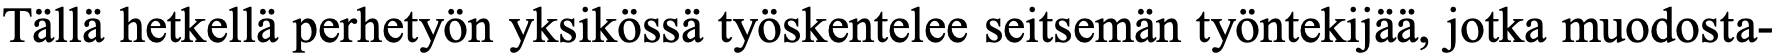
Tällä hetkellä perhetyön yksikössä työskentelee seitsemän työntekijää, jotka muodosta-